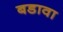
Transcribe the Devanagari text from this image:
बडावा